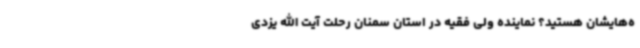
ه‌هایشان هستید؟ نماینده ولی فقیه در استان سمنان رحلت آیت الله یزدی